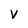
Character: V